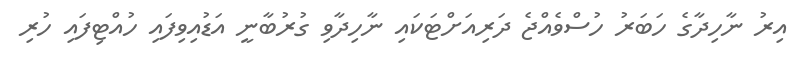
އިރު ނާހިދާގެ ހަބަރު ހުސްވެއްޖެ ދަރިއަށްޓަކައި ނާހިދާވި ގުރުބާނީ އަޑުއިވިފައި ހުއްޓިފައި ހުރި